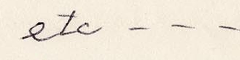
etc - - -